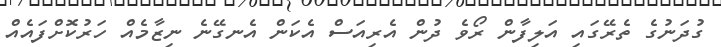
ގުދަނުގެ ތެރޭގައި އަލިފާން ރޯވެ ދުން އެރިއަސް އެކަން އެނގޭނެ ނިޒާމެއް ހަރުކޮށްފައެއް